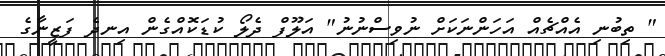
" ތިބުނި އެއްޗެއް އަހަންނަކަށް ނުވިސްނުނު" އަލޫފް ދެލޯ ކުޑަކޮއްގެން އިނދެ ފަޒީނާގެ